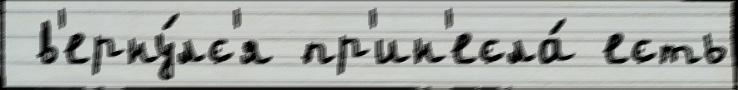
 в'ерну́лс'я пр'ин'есла́ есть